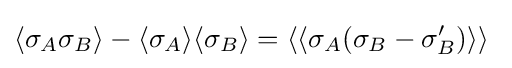
\langle \sigma _{A}\sigma _{B}\rangle -\langle \sigma _{A}\rangle \langle \sigma _{B}\rangle =\langle \langle \sigma _{A}(\sigma _{B}-\sigma '_{B})\rangle \rangle ~